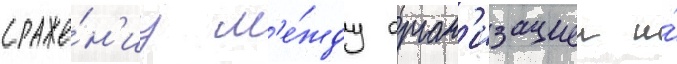
сраже́н'иу м'е́жду орган'изациеи и́